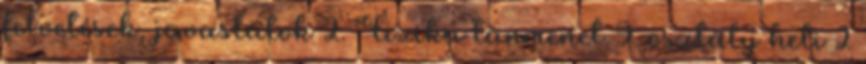
felvetések, javaslatok 2. Fizika tanmenet 9. osztály heti 2